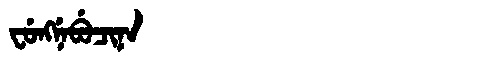
Manchu: ᠸᡠᠩᠨᡝᠪᡠᠴᡳᠨᠠ
Romanization: FUNGNEBUCINA